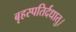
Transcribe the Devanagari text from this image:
बृहस्पतिर्दधातु।